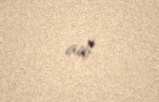
adı.